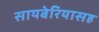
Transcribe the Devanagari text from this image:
सायबेरियासह